Leaving Certificate Examination (including Day School Certificate (Higher) General paper), 1936
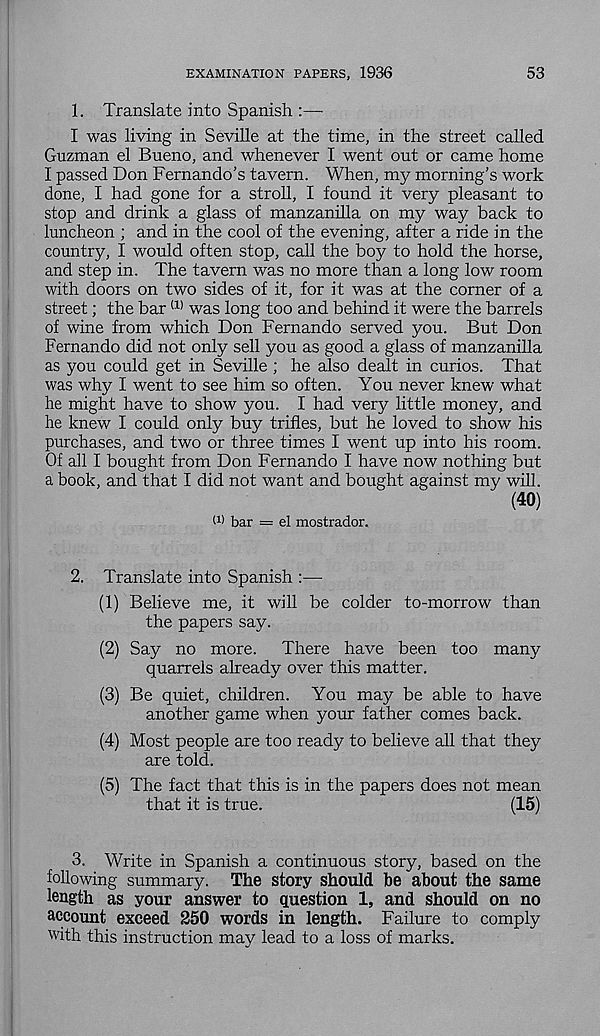
EXAMINATION PAPERS, 1936
53
1. Translate into Spanish
I was living in Seville at the time, in the street called
Guzman el Bueno, and whenever I went out or came home
I passed Don Fernando’s tavern. When, my morning’s work
done, I had gone for a stroll, I found it very pleasant to
stop and drink a glass of manzanilla on my way back to
luncheon ; and in the cool of the evening, after a ride in the
country, I would often stop, call the boy to hold the horse,
and step in. The tavern was no more than a long low room
with doors on two sides of it, for it was at the corner of a
street; the bar (1) was long too and behind it were the barrels
of wine from which Don Fernando served you. But Don
Fernando did not only sell you as good a glass of manzanilla
as you could get in Seville ; he also dealt in curios. That
was why I went to see him so often. You never knew what
he might have to show you. I had very little money, and
he knew I could only buy trifles, but he loved to show his
purchases, and two or three times I went up into his room.
Of all I bought from Don Fernando I have now nothing but
a book, and that I did not want and bought against my will.
(40)
W bar = el mostrador.
2. Translate into Spanish :—
(1) Believe me, it will be colder to-morrow than
the papers say.
(2) Say no more.
There have been too many
quarrels already over this matter.
(3) Be quiet, children. You may be able to have
another game when your father comes back.
(4) Most people are too ready to believe all that they
are told.
(5) The fact that this is in the papers does not mean
that it is true.
(15)
3. Write in Spanish a continuous story, based on the
following summary. The story should be about the same
length as your answer to question 1, and should on no
account exceed 250 words in length. Failure to comply
with this instruction may lead to a loss of marks.